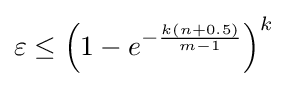
\varepsilon \leq \left(1-e^{-{\frac {k(n+0.5)}{m-1}}}\right)^{k}